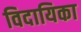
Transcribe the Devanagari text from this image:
विदायिका